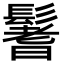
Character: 鬐